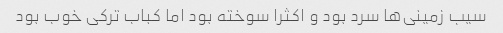
سیب زمینی‌ها سرد بود و اکثرا سوخته بود اما کباب ترکی خوب بود